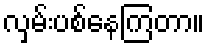
လှမ်းပစ်နေကြတာ။